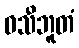
ဝသီဘူတံ